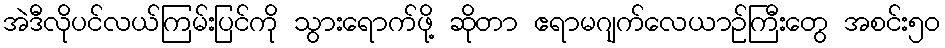
အဲဒီလိုပင်လယ်ကြမ်းပြင်ကို သွားရောက်ဖို့ ဆိုတာ ဧရာမဂျက်လေယာဉ်ကြီးတွေ အစင်း၅၀